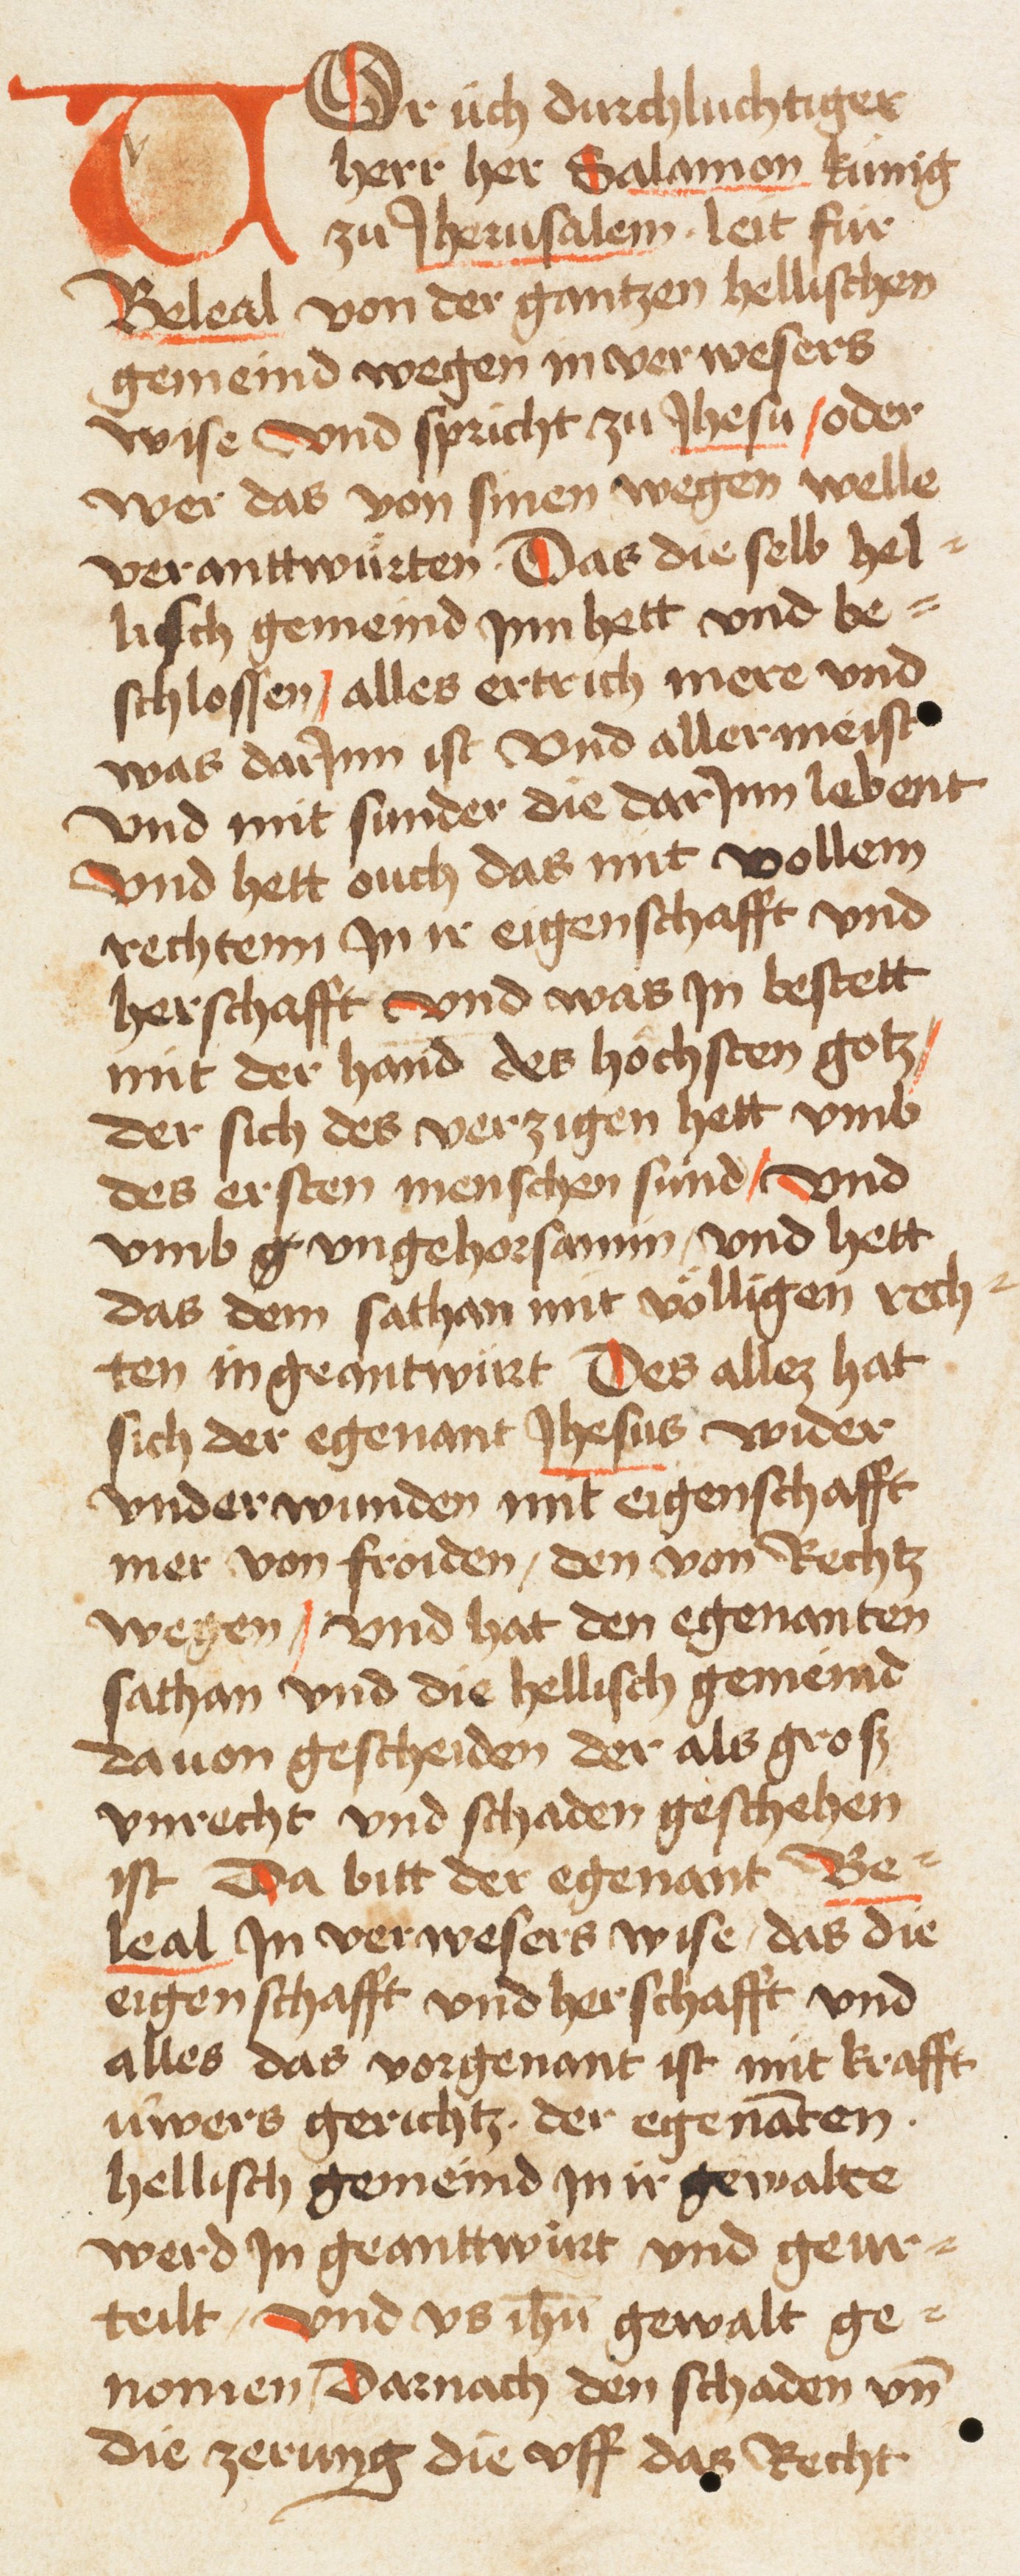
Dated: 1461–1461